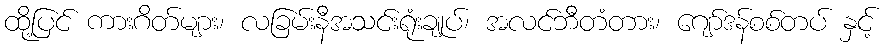
ထို့ပြင် ကားဂိတ်များ၊ လခြမ်းနီအသင်းရုံးချုပ်၊ အလင်ဘီတံတား၊ ဂျော်ဒန်စစ်တပ် နှင့်